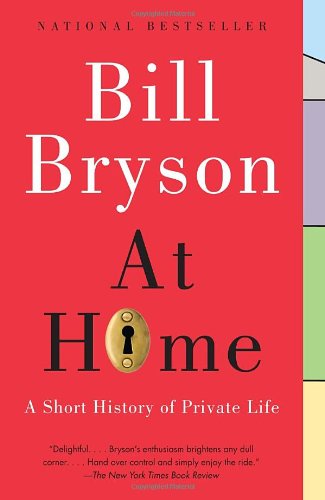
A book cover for At Home: A Short History of Private Life; Bill Bryson; Crafts, Hobbies & Home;